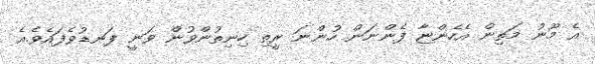
އެ މޫނު މަތިން އެހެންޏާ ފެންނަން ހުންނަ ރީތި ހިނިތުންވުން ވަނީ ފަނޑުވެފައެވެ.އެެ